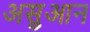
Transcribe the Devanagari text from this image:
असुआन